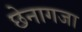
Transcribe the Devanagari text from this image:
छेनागजा